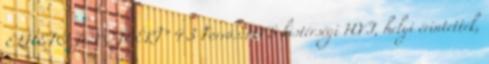
ÉLHETŐ JÖVŐJÉÉRT” 4 3 Forrás:HVS kistérségi HVI, helyi érintettek,